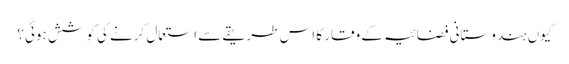
کیوں ہندوستانی فضائیہ کے وقار کا اس طریقے سے استعمال کرنے کی کوشش ہوئی؟